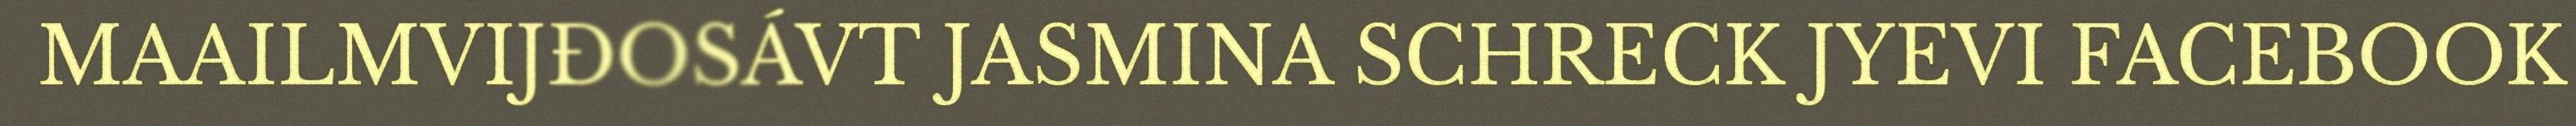
MAAILMVIJĐOSÁVT JASMINA SCHRECK JYEVI FACEBOOK